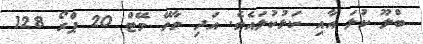
ބްލޫ ކުލަ އާއި ކަޅުކުލައެވެ. އަދި ވާވޭ މޭޓް 20 ޕްރޯ 128